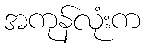
အကုန်လုံးက